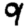
Digit: 9